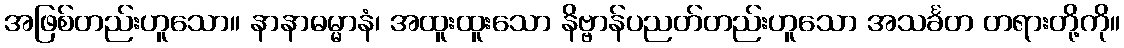
အဖြစ်တည်းဟူသော။ နာနာဓမ္မာနံ၊ အထူးထူးသော နိဗ္ဗာန်ပညတ်တည်းဟူသော အသင်္ခတ တရားတို့ကို။